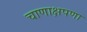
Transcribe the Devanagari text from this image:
चाणाक्षपणा